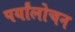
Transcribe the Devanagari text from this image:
पर्यांलोचन